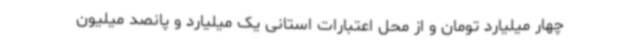
چهار میلیارد تومان و از محل اعتبارات استانی یک میلیارد و پانصد میلیون